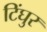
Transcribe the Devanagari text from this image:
टिंघुर